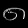
Digit: ၈